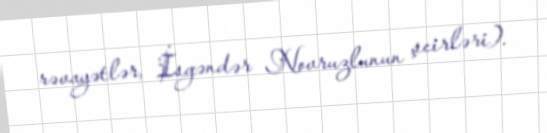
rəvayətlər, İsgəndər Novruzlunun şeirləri).